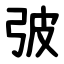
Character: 㢰